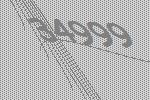
34999